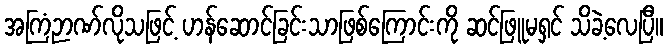
အကြံဉာဏ်လိုသဖြင့် ဟန်ဆောင်ခြင်းသာဖြစ်ကြောင်းကို ဆင်ဖြူမရှင် သိခဲ့လေပြီ။